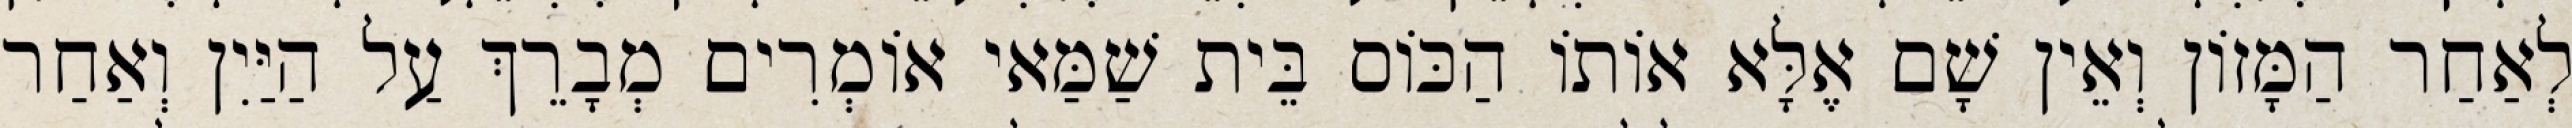
לְאַחַר הַמָּזוֹן וְאֵין שָׁם אֶלָּא אוֹתוֹ הַכּוֹס בֵּית שַׁמַּאי אוֹמְרִים מְבָרֵךְ עַל הַיַּיִן וְאַחַר